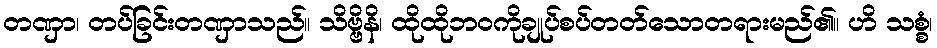
တဏှာ၊ တပ်ခြင်းတဏှာသည်။ သိဗ္ဗိနိ၊ ထိုထိုဘဝကိုချုပ်စပ်တတ်သောတရားမည်၏။ ဟိ သစ္စံ၊